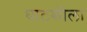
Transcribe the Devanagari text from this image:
घाटशीला